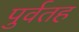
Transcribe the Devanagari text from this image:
पुर्वतह